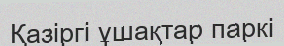
Қазіргі ұшақтар паркі